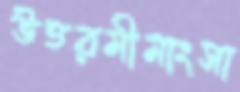
উত্তরমীমাংসা